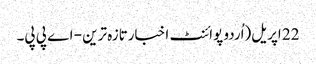
22 اپریل(اُردو پوائنٹ اخبارتازہ ترین - اے پی پی۔